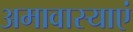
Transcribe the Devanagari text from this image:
अमावास्याएं